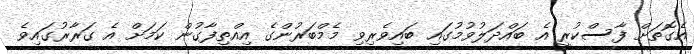
އެގޮތަށް ފާސްކުރީ އެ ބައްދަލުވުމުގައި ބައިވެރިވި މެމްބަރުންގެ އިއްތިފާގުން ކަމަށް އެ ގަރާރުގައިވެ